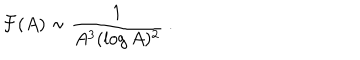
{ \cal F } ( A ) \sim { \frac { 1 } { A ^ { 3 } ( \log A ) ^ { 2 } } } \ .